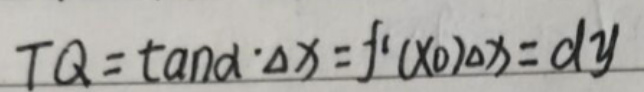
\[ TQ = \tan\alpha\cdot\Delta x = f'(x_0)\Delta x = dy \]